Civil Veterinary Department. United Provinces 1912-22 - 1912-1922
Year: 1912
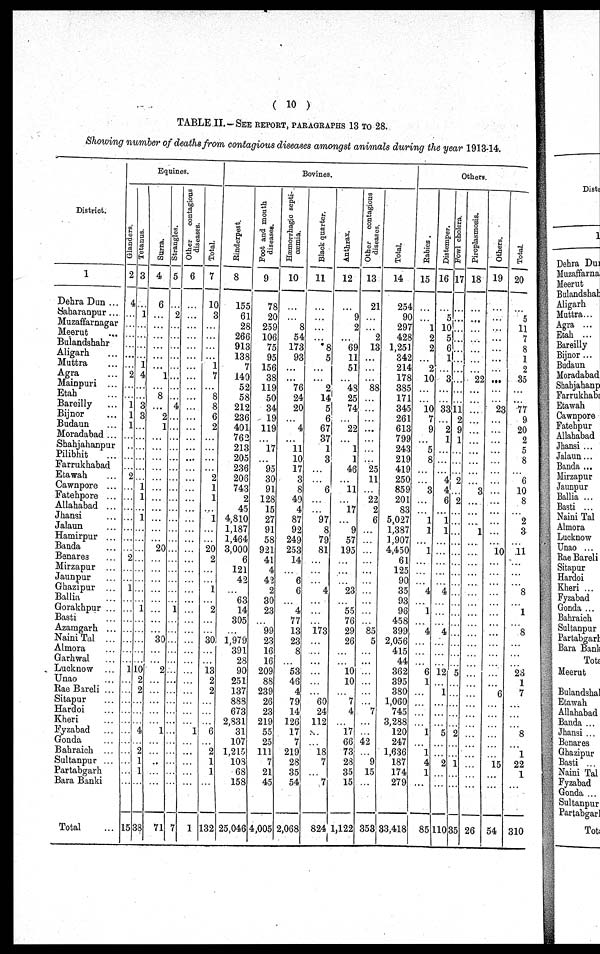
(10)
TABLE II.— SEE REPORT, PARAGRAPHS 13 TO 28.
Showing number of deaths from contagious diseases amongst animals during the year 1913-14.
District.
1
Dehra Dun ...
Saharanpur ...
Muzaffarnagar
Meerut ...
Bulandshahr
Aligarh ...
Muttra ...
Agra ...
Mainpuri ...
Etah ...
Bareilly ...
Bijnor ...
Budaun ...
Moradabad ...
Shahjahanpur
Pilibhit ...
Farrukhabad
Etawah ...
Cawnpore ...
Fatehpore ...
Allahabad ...
Jhansi ...
Jalaun ...
Hamirpur ...
Banda ...
Benares ...
Mirzapur ...
Jaunpur ...
Ghazipur ...
Ballia ...
Gorakhpur ...
Basti ...
Azamgarh ...
Naini Tal ...
Almora ...
Garhwal ...
Lucknow ...
Unao ...
Rae Bareli ...
Sitapur ...
Hardoi ...
Kheri ...
Fyzabad ...
Gonda ...
Bahraich ...
Sultanpur ...
Partabgarh
Bara Banki
Total ...
Equines.
Glanders.
2
4
...
...
...
...
...
...
2
...
...
1
1
1
...
...
...
...
2
...
...
...
...
...
...
2 ...
...
...
1
...
...
...
...
...
...
...
1
...
...
...
...
...
...
...
...
...
...
...
15
Tetanus.
3
...
1
...
...
...
...
1
4
...
...
3
3
...
...
...
...
...
...
1
1
...
1
...
...
...
...
...
...
...
...
1
...
...
...
...
...
10
2
2
...
...
...
4
...
2
1
1
...
38
Surra.
4
6
...
...
...
...
...
...
1
...
8
...
2
1
...
...
...
...
...
...
...
...
...
...
...
20
...
...
...
...
...
...
...
...
30
...
...
2
...
...
...
...
...
1
...
...
...
...
...
71
St r angl es .
5
...
2
...
...
...
...
...
...
...
...
4
...
...
...
...
...
...
...
...
...
...
...
...
...
...
...
...
...
...
...
1
...
...
...
...
...
...
...
...
...
...
...
...
...
...
...
...
...
7
Ot her contagious
di s eas es .
6
...
...
...
...
...
...
...
...
...
...
...
...
...
...
...
...
...
...
...
...
...
...
...
...
...
...
...
...
...
...
...
...
...
...
...
...
...
...
...
...
...
...
1
...
...
...
...
...
1
Total.
7
10
3
...
...
...
...
1
7
...
8
8
6
2
...
...
...
...
2
1
1
...
1
...
...
20
2
...
...
1
...
2
...
...
30
...
...
13
2
2
...
...
...
6
...
2
1
1
...
132
Bovines.
Rinderpest.
8
155
61
28
266
913
138
7
140
52
58
212
236
401
762
213
205
236
206
743
2
45
4,810
1,187
1,464
3,000
6
121
42
...
63
14
305
...
1,979
391
28
90
251
137
888
673
2,831
31
107
1,215
108
68
158
25,046
Foot and mouth
diseases.
9
78
20
259
106
75
95
156
38
119
50
34
19
119
...
17
...
95
30
91
128
15
27
91
58
921
41
4
42
2
30
23
...
99
23
16
16
209
88
239
26
23
219
55
25
111
7
21
45
4,005
Hæmorrhagic septi-
cæmia.
10
...
...
8
54
173
93
...
...
76
24
20
...
4
...
11
10
17
3
8
49
4
87
92
249
253
14
...
6
6
...
4
77
13
23
8
...
53
46
4
79
14
126
17
7
219
28
35
54
2,068
Black quarter.
11
...
...
...
...
8
5 ...
...
2
14
5
6
67
37
1
3
...
...
6
...
...
97
8
79
81
...
...
...
4
...
...
...
173
...
...
...
...
...
...
60
24
112
...
...
18
7
...
7
824
Anthrax.
12
...
9
2
...
69
11
51
...
48
25
74
...
22
...
1
1
46
...
11
...
17
...
9
57
195
...
...
...
23
...
55
76
29
26
...
...
10
10
...
7
4
...
17
66
73
28
35
15
1,122
Other contagious
diseases.
13
21
...
...
2
13
...
...
...
88
...
...
...
...
...
...
...
25
11
...
22
2
6
...
...
...
...
...
...
...
...
...
...
85
5
...
...
...
...
...
...
7
...
...
42
...
9
15
...
353
Total.
14
254
90
297
428
1,251
342
214
178
385
171
345
261
613
...
243
219
419
250
859
201
83
5,027
1,387
1,907
4,450
61
125
90
35
93
96
458
399
2,056
415
44
362
395
380
1,060
745
3,288
120
247
1,636
187
174
279
33,418
Others.
Rabies.
15
...
...
1
2
2
...
2
10
...
...
10
7
9
...
5
8
...
...
3
...
...
1
1
...
1
...
...
...
4
...
1
...
4
...
...
...
6
1
...
...
...
...
1
...
1
4
1
...
85
Distemper.
16
...
5
10
5
6
1
...
3
...
...
33
...
2
1
...
...
...
4
4
6
...
1
1
...
...
...
...
...
4
...
...
...
4
...
...
...
12
...
1
...
...
...
5
...
...
2
...
...
110
Fowl cholera.
17
...
...
...
...
...
...
...
..
...
...
11
2
9
1
...
...
...
2
...
2
...
...
...
...
...
...
...
...
...
...
...
...
...
...
...
...
...
...
...
...
...
...
2
...
...
1
...
...
35
Piroplasmosis.
18
...
...
...
...
...
...
...
22
...
...
...
...
...
...
...
...
...
...
3
...
...
...
1
...
...
...
...
...
...
...
...
...
...
...
...
...
...
...
...
...
...
...
...
...
...
...
...
...
26
Others.
19
...
...
...
...
...
... ...
...
...
...
23
...
...
...
...
...
...
...
...
...
...
...
...
...
10
...
...
...
...
...
...
...
...
...
...
...
...
...
6
...
...
...
...
...
...
15
...
...
54
Total.
20
...
5
11
7
8
1
2
35
...
...
77
9
20
2
5
8
...
6
10
8
...
2
3
...
11
...
...
...
8
...
1
...
8
...
...
...
23
1
7
...
...
...
8
...
1
22
1
...
310